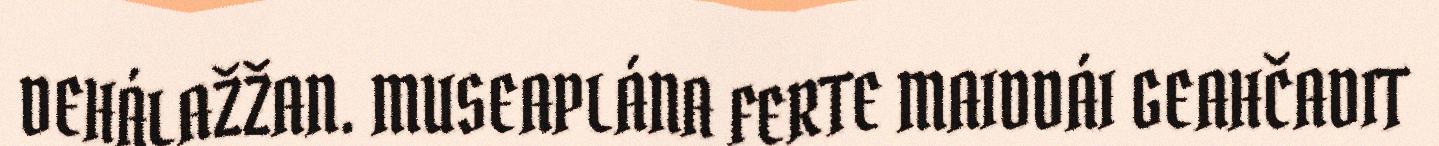
DEHÁLAŽŽAN. MUSEAPLÁNA FERTE MAIDDÁI GEAHČADIT